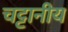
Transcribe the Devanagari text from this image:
चट्टानीय